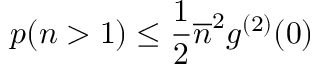
p ( n > 1 ) \leq \frac { 1 } { 2 } \overline { { n } } ^ { 2 } g ^ { ( 2 ) } ( 0 )